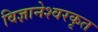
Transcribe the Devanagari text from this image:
विज्ञानेश्वरकृत